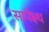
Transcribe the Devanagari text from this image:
सापेक्ष्थ